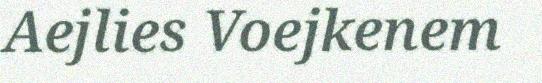
Aejlies Voejkenem